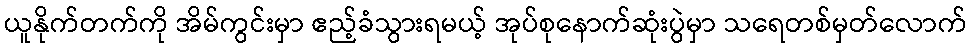
ယူနိုက်တက်ကို အိမ်ကွင်းမှာ ဧည့်ခံသွားရမယ့် အုပ်စုနောက်ဆုံးပွဲမှာ သရေတစ်မှတ်လောက်